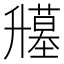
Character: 𰆁